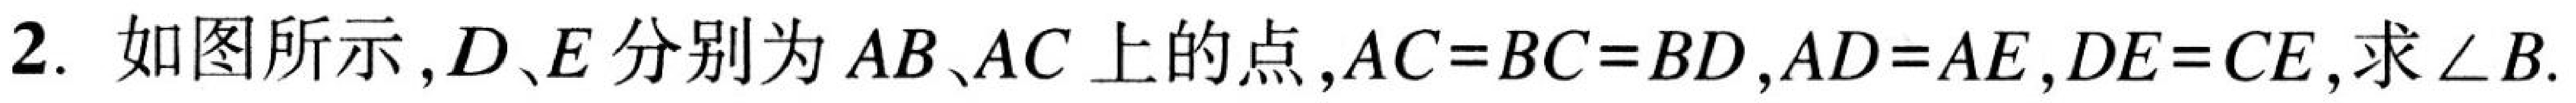
2. 如图所示，$D、E$分别为$AB、AC$上的点，$AC = BC = BD$，$AD = AE$，$DE = CE$，求$\angle B$.